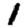
Digit: 1